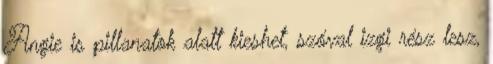
Angie is pillanatok alatt kieshet, szóval izgi rész lesz,